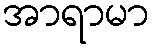
အာရာမာ